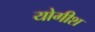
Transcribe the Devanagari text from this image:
योगीश